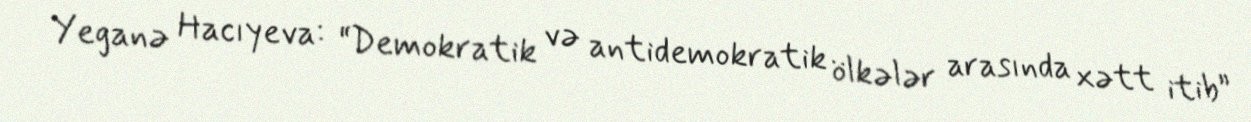
Yeganə Hacıyeva: “Demokratik və antidemokratik ölkələr arasında xətt itib”